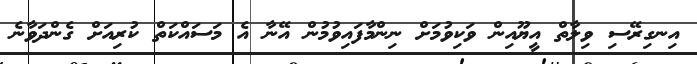
އިނގިރޭސި ވިލާތް އީޔޫއިން ވަކިވުމަށް ނިންމާފައިވުމުން އޭނާ އެ މަސައްކަތް ކުރިއަށް ގެންދަވާނެ